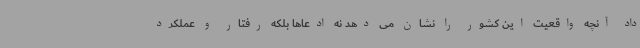
داد آنچه واقعیت این کشور را نشان می دهد نه ادعاها بلکه رفتار و عملکرد